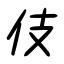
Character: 伎